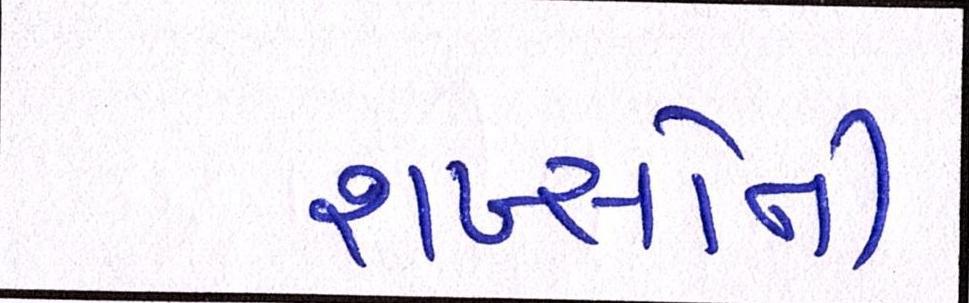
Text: શખ્સોની